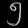
Digit: ၅